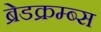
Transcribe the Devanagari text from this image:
ब्रेडक्रम्ब्स